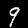
Label: 9